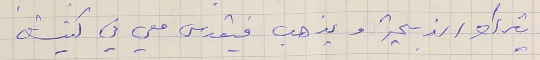
يترك الذبيحة ويذهب فيقدس معي في كنيسته